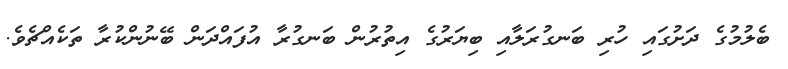
ބެލުމުގެ ދަށުގައި ހުރި ބަނގުރަލާއި ބިޔަރުގެ އިތުރުން ބަނގުރާ އުފައްދަން ބޭނުންކުރާ ތަކެއްޗެވެ.